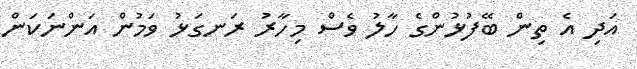
އަދި އެ ތިން ބޭފުޅުންގެ ހާލު ވެސް މިހާރު ރަނގަޅު ވަމުން އަންނަކަން